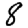
Digit: 8